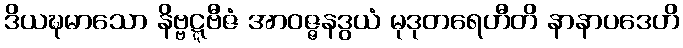
ဒိယဍ္ဎမာသော နိဗ္ဗဋ္ဋဗီဇံ အာဝဇ္ဇနဒွယံ မုဒုတရေဟီတိ နာနာပဒေဟိ